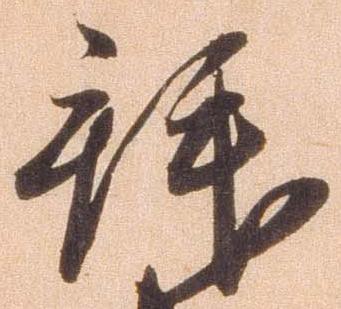
拝